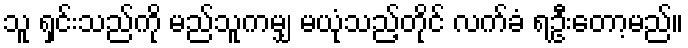
သူ ရှင်းသည်ကို မည်သူကမျှ မယုံသည့်တိုင် လက်ခံ ရဦးတော့မည်။